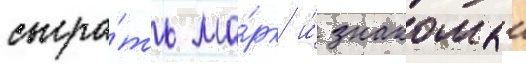
сыгра́ть ма́рк и́ знакомыи